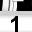
Digit: 1